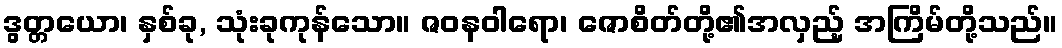
ဒွတ္တယော၊ နှစ်ခု, သုံးခုကုန်သော။ ဇဝနဝါရော၊ ဇောစိတ်တို့၏အလှည့် အကြိမ်တို့သည်။